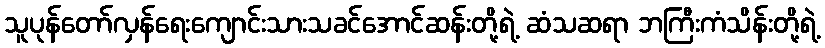
သူပုန်တော်လှန်ရေးကျောင်းသားသခင်အောင်ဆန်းတို့ရဲ့ ဆံသဆရာ ဘကြီးကံသိန်းတို့ရဲ့